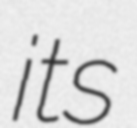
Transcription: its